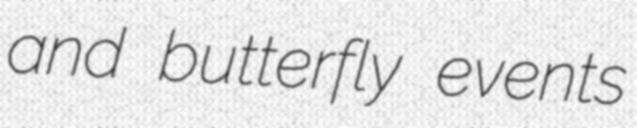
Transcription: and butterfly events